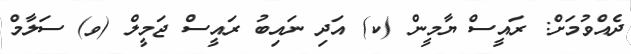
ދެއްވުމަށް: ރައީސް ޔާމީން (ކ) އަދި ނައިބު ރައީސް ޖަމީލް (ވ) ސަލާމް